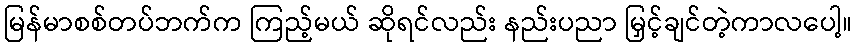
မြန်မာစစ်တပ်ဘက်က ကြည့်မယ် ဆိုရင်လည်း နည်းပညာ မြှင့်ချင်တဲ့ကာလပေါ့။